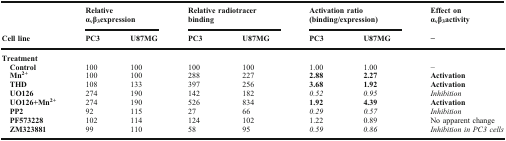
<table><thead><tr><td></td><td colspan="2"><b>Relative α<sub>v</sub>β<sub>3</sub>expression</b></td><td colspan="2"><b>Relative radiotracer binding</b></td><td colspan="2"><b>Activation ratio (binding/expression)</b></td><td><b>Effect on α<sub>v</sub>β<sub>3</sub>activity</b></td></tr><tr><td><b>Cell line</b></td><td><b>PC3</b></td><td><b>U87MG</b></td><td><b>PC3</b></td><td><b>U87MG</b></td><td><b>PC3</b></td><td><b>U87MG</b></td><td><b>−</b></td></tr></thead><tbody><tr><td colspan="8"><b>Treatment</b></td></tr><tr><td> <b>Control</b></td><td>100</td><td>100</td><td>100</td><td>100</td><td>1.00</td><td>1.00</td><td>−</td></tr><tr><td> <b>Mn</b><sup><b>2+</b></sup></td><td>100</td><td>100</td><td>288</td><td>227</td><td><b>2.88</b></td><td><b>2.27</b></td><td><b>Activation</b></td></tr><tr><td> <b>THD</b></td><td>108</td><td>133</td><td>397</td><td>256</td><td><b>3.68</b></td><td><b>1.92</b></td><td><b>Activation</b></td></tr><tr><td> <b>UO126</b></td><td>274</td><td>190</td><td>142</td><td>182</td><td><i>0.52</i></td><td><i>0.95</i></td><td><i>Inhibition</i></td></tr><tr><td> <b>UO126+Mn</b><sup><b>2+</b></sup></td><td>274</td><td>190</td><td>526</td><td>834</td><td><b>1.92</b></td><td><b>4.39</b></td><td><b>Activation</b></td></tr><tr><td> <b>PP2</b></td><td>92</td><td>115</td><td>27</td><td>66</td><td><i>0.29</i></td><td><i>0.57</i></td><td><i>Inhibition</i></td></tr><tr><td> <b>PF573228</b></td><td>102</td><td>114</td><td>124</td><td>102</td><td>1.22</td><td>0.89</td><td>No apparent change</td></tr><tr><td> <b>ZM323881</b></td><td>99</td><td>110</td><td>58</td><td>95</td><td><i>0.59</i></td><td><i>0.86</i></td><td><i>Inhibition in PC3 cells</i></td></tr></tbody></table>